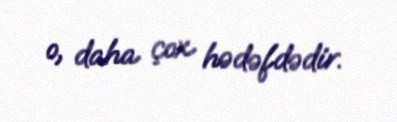
o, daha çox hədəfdədir.